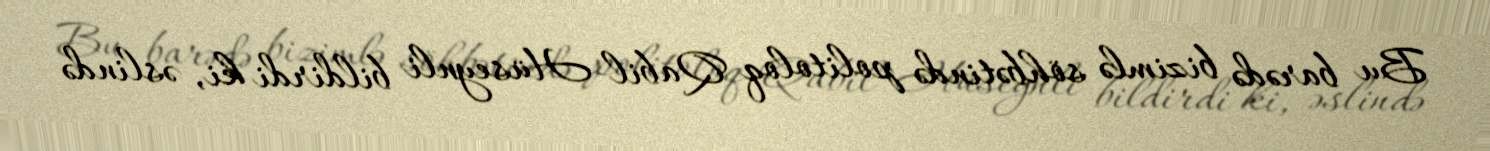
Bu barədə bizimlə söhbətində politoloq Qabil Hüseynli bildirdi ki, əslində